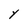
Character: Y